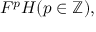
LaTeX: F ^ { p } H ( p \in \mathbb { Z } ) ,